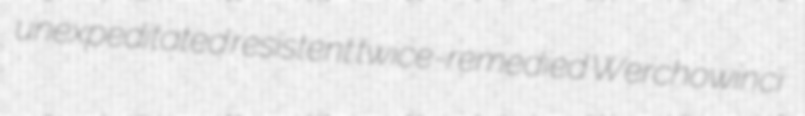
unexpeditated resistent twice-remedied Werchowinci